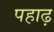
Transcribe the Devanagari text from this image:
पहाढ़